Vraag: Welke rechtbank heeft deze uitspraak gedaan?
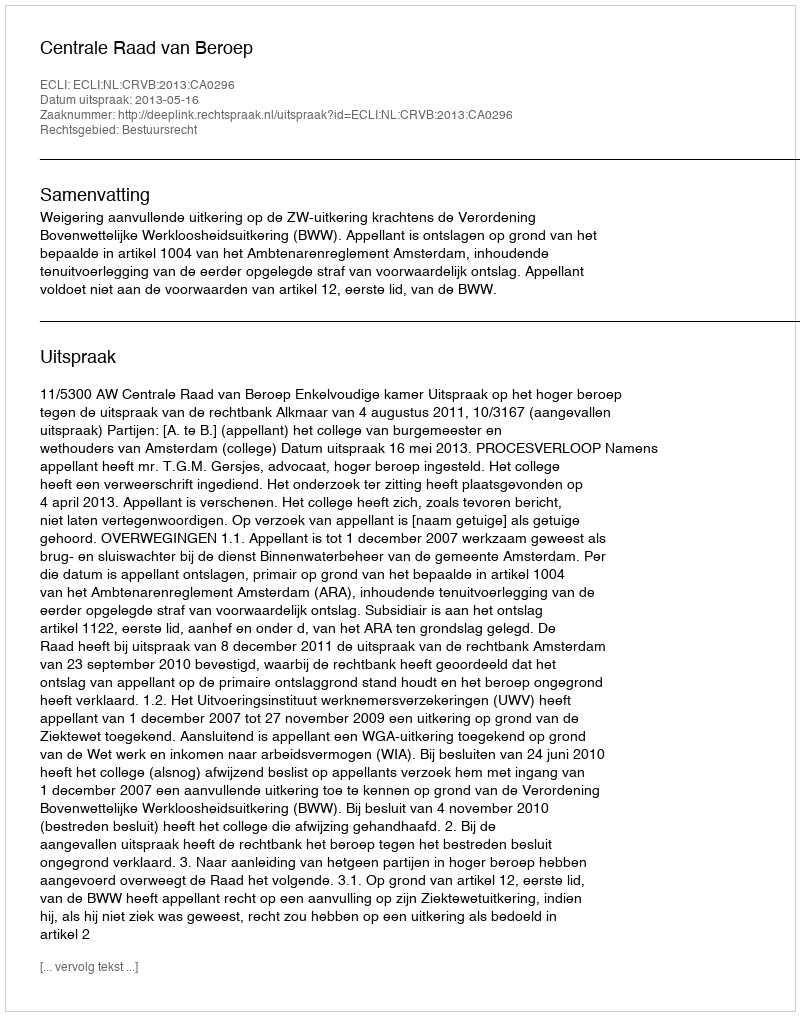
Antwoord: Centrale Raad van Beroep